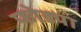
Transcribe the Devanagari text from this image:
फोड्या